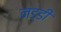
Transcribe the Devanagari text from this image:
नड्डी